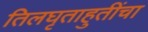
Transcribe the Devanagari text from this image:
तिलघृताहुतींचा